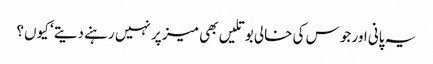
یہ پانی اور جوس کی خالی بوتلیں بھی میز پر نہیں رہنے دیتے‘ کیوں؟